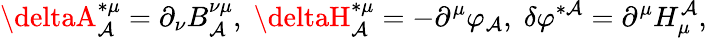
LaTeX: \deltaA_{\mathcal{A}}^{*\mu}=\partial_{\nu}B_{\mathcal{A}}^{\nu\mu},\; \deltaH_{\mathcal{A}}^{*\mu}=-\partial^{\mu}\varphi_{\mathcal{A}},\; \delta\varphi^{*\mathcal{A}}=\partial^{\mu}H_{\mu}^{\mathcal{A}},